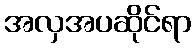
အလှအပဆိုင်ရာ